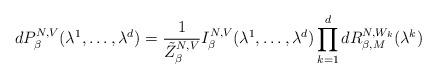
LaTeX: \begin{align*}dP^{N,V}_\beta(\lambda^1,\ldots,\lambda^d)=\frac{1}{\tilde Z^{N,V}_{\beta}} I^{N,V}_\beta(\lambda^1,\ldots, \lambda^d) \prod_{k=1}^ddR^{N,W_k}_{\beta,M}(\lambda^k)\end{align*}